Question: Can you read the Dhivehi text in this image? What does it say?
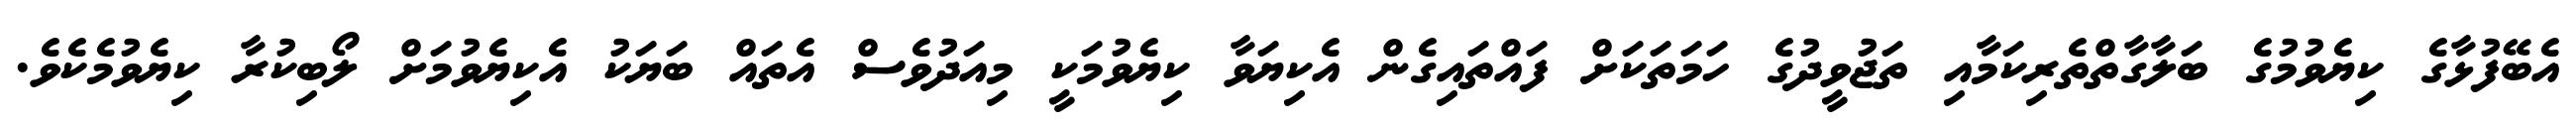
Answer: އެބޭފުޅާގެ ކިޔެވުމުގެ ބަލާގާތްތެރިކަމާއި ތަޖުވީދުގެ ހަމަތަކަށް ފައްތައިގެން އެކިޔަވާ ކިޔެވުމަކީ މިއަދުވެސް އެތައް ބަޔަކު އެކިޔެވުމަށް ލޯބިކުރާ ކިޔެވުމެކެވެ.